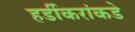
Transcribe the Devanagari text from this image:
हर्डीकरांकडे